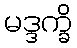
မဒ္ဒက္ခိ